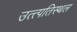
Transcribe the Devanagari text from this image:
उत्त्पतिस्थल